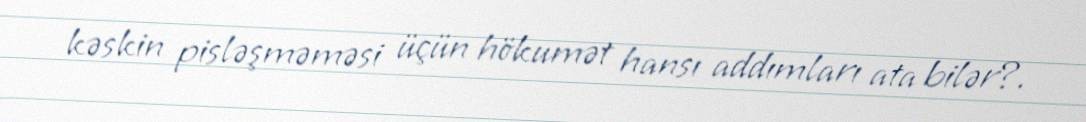
kəskin pisləşməməsi üçün hökumət hansı addımları ata bilər?.